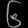
Digit: ၆